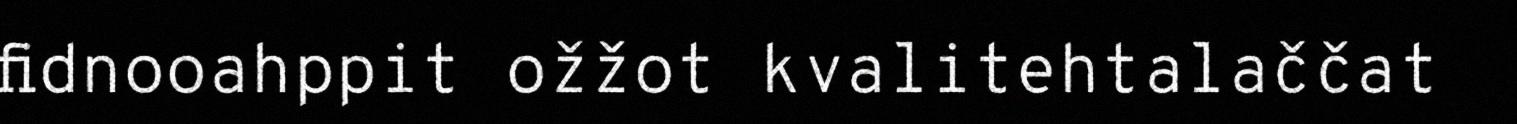
fidnooahppit ožžot kvalitehtalaččat